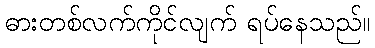
ဓားတစ်လက်ကိုင်လျက် ရပ်နေသည်။